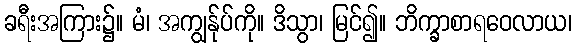
ခရီးအကြား၌။ မံ၊ အကျွန်ုပ်ကို။ ဒိသွာ၊ မြင်၍။ ဘိက္ခာစာရဝေလာယ၊